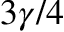
3 \gamma / 4